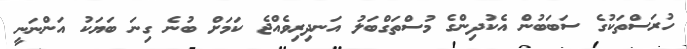
ހުރަސްތަކުގެ ސަބަބުން އެކުދިންގެ މުސްތަގްބަލު އަނދިރިވެއްޖެ ކަމަށް ބުނެ ގިނަ ބަޔަކު އަންނަނީ